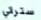
ستراني